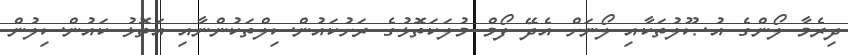
ދިރެމާ ލޯންގެ އުޞޫލުތަކާއި ލޯނަށް އެދޭ ފޯމް މުލަކަތޮޅުގެ ރަށުކައުންސިލްތަކުންނާއި އަތޮޅު ކައުންސިލުން